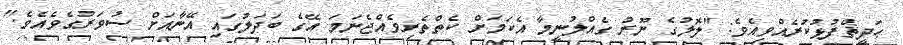
ޙަދީޘްފުޅުކުރެއްވިއެވެ: "ލޮލުގެ ނޫރު ގެއްލުނީމާ އެކަމަށް ކެތްތެރިވެއްޖެނަމަ އޭގެ ބަދަލުގައި އޭނާއަށް ސުވަރުގެވެއެވެ."